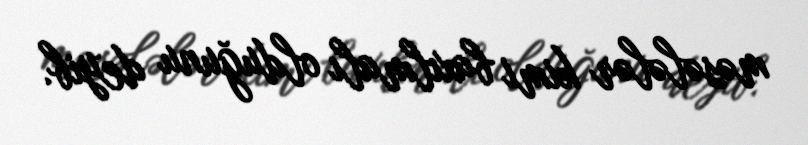
məsələlər kimi baxılmalı olduğunu deyib.